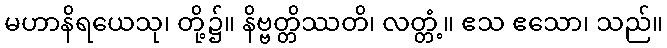
မဟာနိရယေသု၊ တို့၌။ နိဗ္ဗတ္တိဿတိ၊ လတ္တံ့။ ဧသ ဧသော၊ သည်။